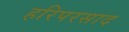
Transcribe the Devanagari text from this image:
हरिपरसाद